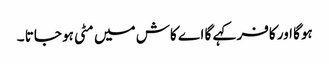
ہوگا اور کافر کہے گا اے کاش میں مٹی ہو جاتا ۔